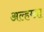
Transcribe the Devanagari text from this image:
अल्हम्ब्रा